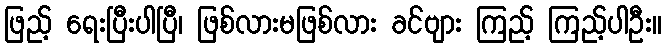
ဖြည့် ရေးပြီးပါပြီ၊ ဖြစ်လားမဖြစ်လား ခင်ဗျား ကြည့် ကြည့်ပါဦး။